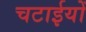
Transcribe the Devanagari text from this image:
चटाईयों